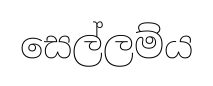
සෙල්ලම්ය